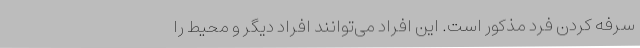
سرفه کردن فرد مذکور است. این افراد می‌توانند افراد دیگر و محیط را